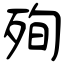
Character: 殉